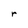
Character: r